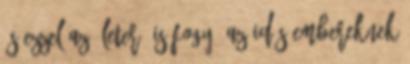
és ezzel az életerő is fogy. Az idős embereknek